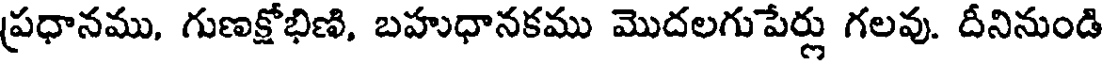
ప్రధానము, గుణక్షోభిణి, బహుధానకము మొదలగుపేర్లు గలవు. దీనినుండి